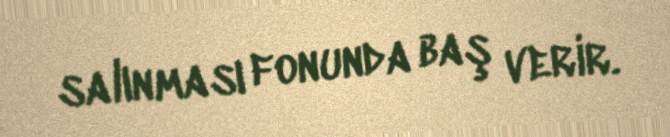
salınması fonunda baş verir.